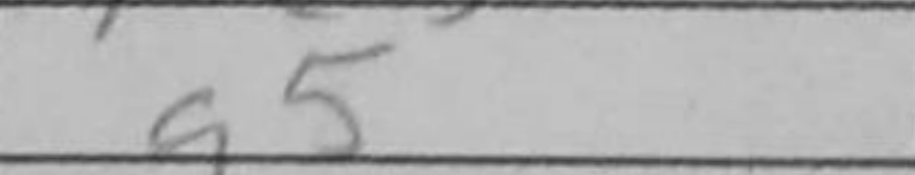
Transcription: g5